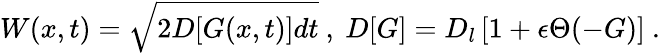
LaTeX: W(x,t)=\sqrt{2D[G(x,t)]dt}\ ,\ D[G]=D_{l}\left[1+\epsilon\Theta(-G)\right]\ .